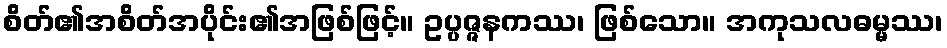
စိတ်၏အစိတ်အပိုင်း၏အဖြစ်ဖြင့်။ ဥပ္ပဇ္ဇနကဿ၊ ဖြစ်သော။ အကုသလဓမ္မဿ၊